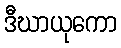
ဒီဃာယုကော